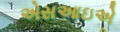
એસઆઇએ